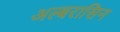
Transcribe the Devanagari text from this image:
अल्बरासिन